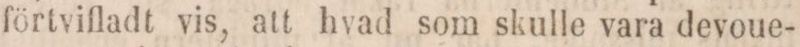
förtvifladt vis, att hvad som skulle vara devoue-